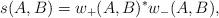
LaTeX: \begin{align*}s (A, B) = w_+ (A, B)^* w_- (A, B) ,\end{align*}